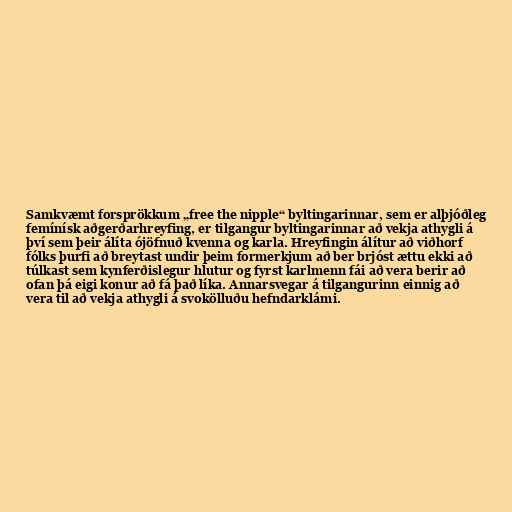
Samkvæmt forsprökkum „free the nipple“ byltingarinnar, sem er alþjóðleg
femínísk aðgerðarhreyfing, er tilgangur byltingarinnar að vekja athygli á
því sem þeir álíta ójöfnuð kvenna og karla. Hreyfingin álítur að viðhorf
fólks þurfi að breytast undir þeim formerkjum að ber brjóst ættu ekki að
túlkast sem kynferðislegur hlutur og fyrst karlmenn fái að vera berir að
ofan þá eigi konur að fá það líka. Annarsvegar á tilgangurinn einnig að
vera til að vekja athygli á svokölluðu hefndarklámi.